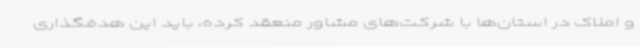
و املاک در استان‌ها با شرکت‌های مشاور منعقد کرده، باید این هدفگذاری